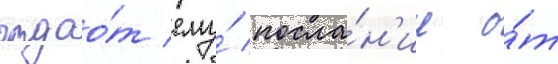
отдао́т ему́ посла́н'ие о́т